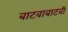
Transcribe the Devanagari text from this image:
बाटवाबाटवी